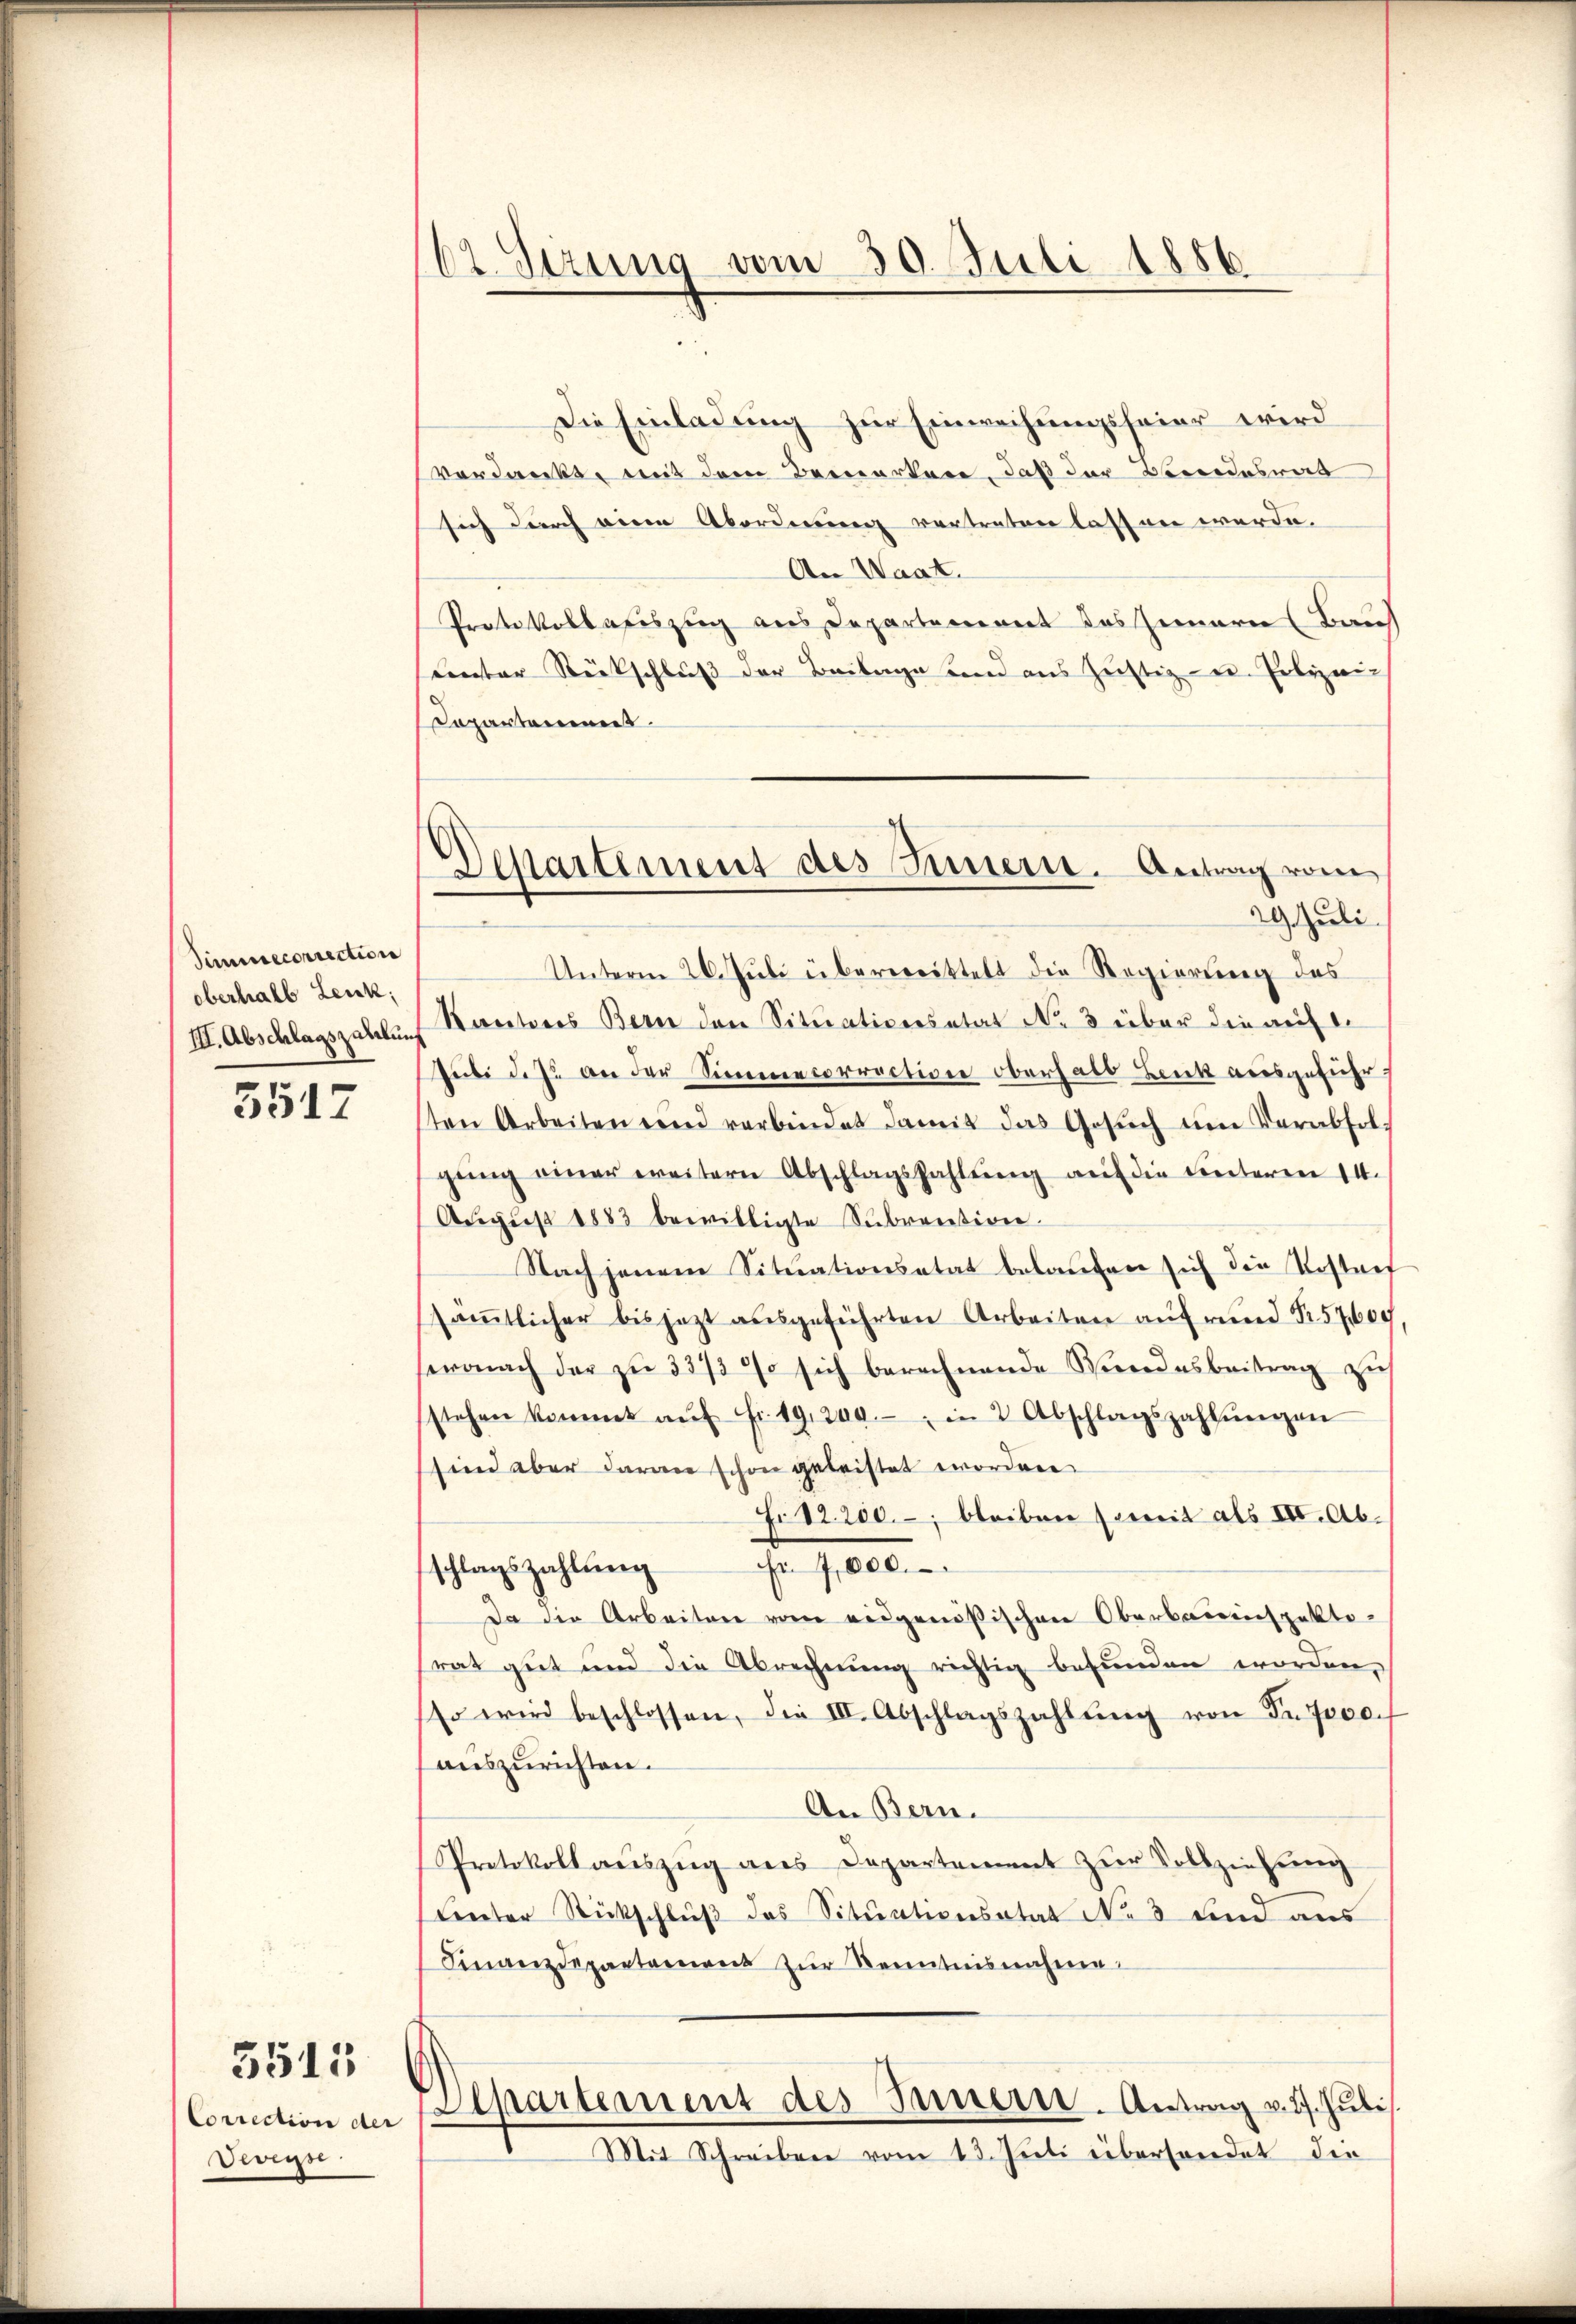
Simnecorrection
oberhalb Leuk;
III. Abschlagszahlung

5517

Correction der
Veveyse

3515

162. Serung vom 30. Juli 1856.

Die Einladung zur Einweihungsfeier wird
vordankt, mit dem Bemerkere, daß der Bundesrat
sich durch eine Abordnung vertreten lassen werde.
An Waat.
Protokoll auszug aus Departement des Innern (Bauh
Lentor Rückschluß der Beilage und aus Justiz- u. Polizei-
Departement.
29. Juli.
Unterm 26. Juli überwittelt die Regierung des
Kantons Bern den Situaticeisetat No 3 über die auf
Puibi d. J. an der Sinnerencorrection oberhalb Leuk ausgeführ
ten Arbeiten den verbindet damit das Gesŭch ŭm Verabfol-
gŭng einer weitern Abschlagszahlŭng auf die Unteren 14.
Aŭgŭst 1883 bewilligte Sŭbrention.
Nach jenem Situationsatat belaufen sich die Vortref
säṁtlicher bis jetzt aŭsgeführten Arbeiten auf rund S. 57,600
sewonach der zu 3373 % sich berechnende Wundesbeitrag zu
stehen kommt aŭf Fr. 19, 200.- in 2 Abschlagszahlŭngen
sind aber daran schon geleistet worden.
Fr. 12. 200.-, bleiben soweit als III. Ab.
Er 7,000.
schlagszahlung
Da die Arbeiten vom eidgenößischen Oberbauinspektosrat gut und die Abrechnŭng richtig befŭnden worden,
so wird beschlossen, die III. Abschlagszahlŭng von Fr. 7000.
auszurichten.
An Bern.
Protokoll aŭszŭg ans Departement zŭr Vollziehung
Ceter Rückschluß des Situationsatat No 3 und aus
Finanzdepartement zur Kenntnisnahme
Departement des Innern. Antrag v. 2. Juli.
Mit Schreiben vom 13. Juli überhandet die

Departement des Innern. Antrag vom